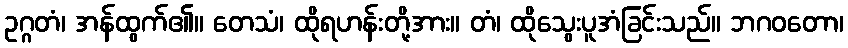
ဥဂ္ဂတံ၊ အန်ထွက်၏။ တေသံ၊ ထိုရဟန်းတို့အား။ တံ၊ ထိုသွေးပူအံခြင်းသည်။ ဘဂဝတော၊